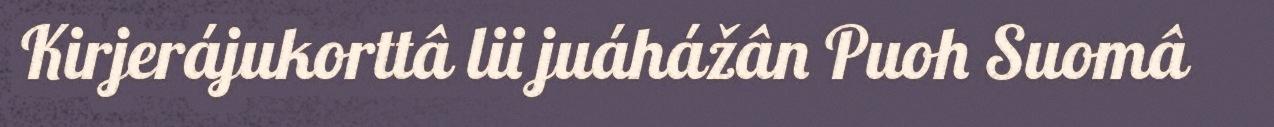
Kirjerájukorttâ lii juáhážân Puoh Suomâ